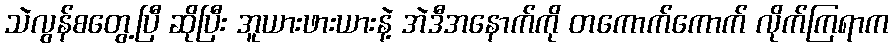
သဲလွန်စတွေ့ပြီ ဆိုပြီး အူယားဖားယားနဲ့ အဲဒီအနောက်ကို တကောက်ကောက် လိုက်ကြရာက